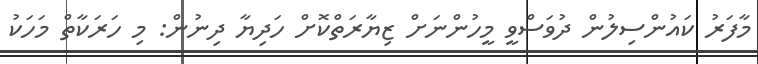
މާފަރު ކައުންސިލުން ދުވަސްވީ މީހުންނަށް ޒިޔާރަތްކޮށް ހަދިޔާ ދިނުން: މި ހަރަކާތް މަހަކު